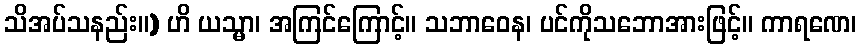
သိအပ်သနည်း။) ဟိ ယသ္မာ၊ အကြင်ကြောင့်။ သဘာဝေန၊ ပင်ကိုသဘောအားဖြင့်။ ကာရဏေ၊